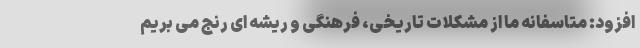
افزود: متاسفانه ما از مشکلات تاریخی، فرهنگی و ریشه ای رنج می بریم